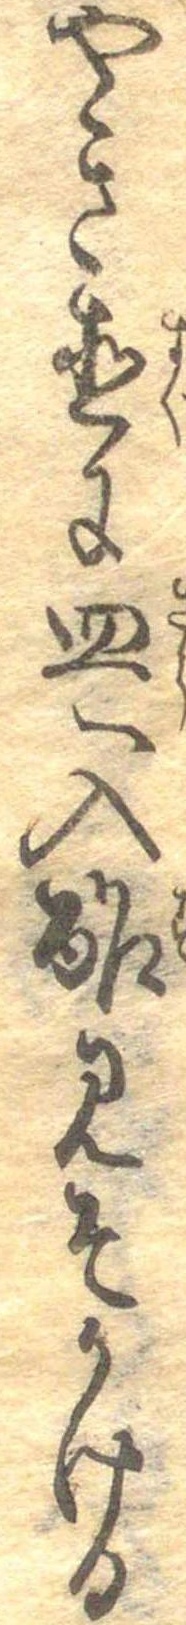
やき直に皿へ入酢みそかける